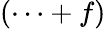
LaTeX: (\cdots+f)